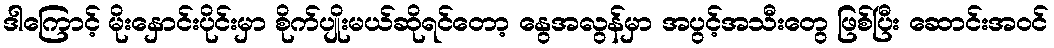
ဒါကြောင့် မိုးနှောင်းပိုင်းမှာ စိုက်ပျိုးမယ်ဆိုရင်တော့ နွေအလွန်မှာ အပွင့်အသီးတွေ ဖြစ်ပြီး ဆောင်းအဝင်